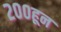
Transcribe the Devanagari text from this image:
२००हून